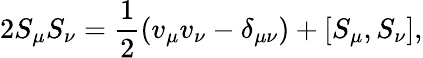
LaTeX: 2S_{\mu}{S}_{\nu}=\frac{1}{2}(v_{\mu}{v}_{\nu}-\delta_{\mu\nu})+[S_{\mu},S_{\nu}],